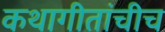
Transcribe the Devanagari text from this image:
कथागीतांचीच